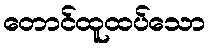
တောင်ထူထပ်သော